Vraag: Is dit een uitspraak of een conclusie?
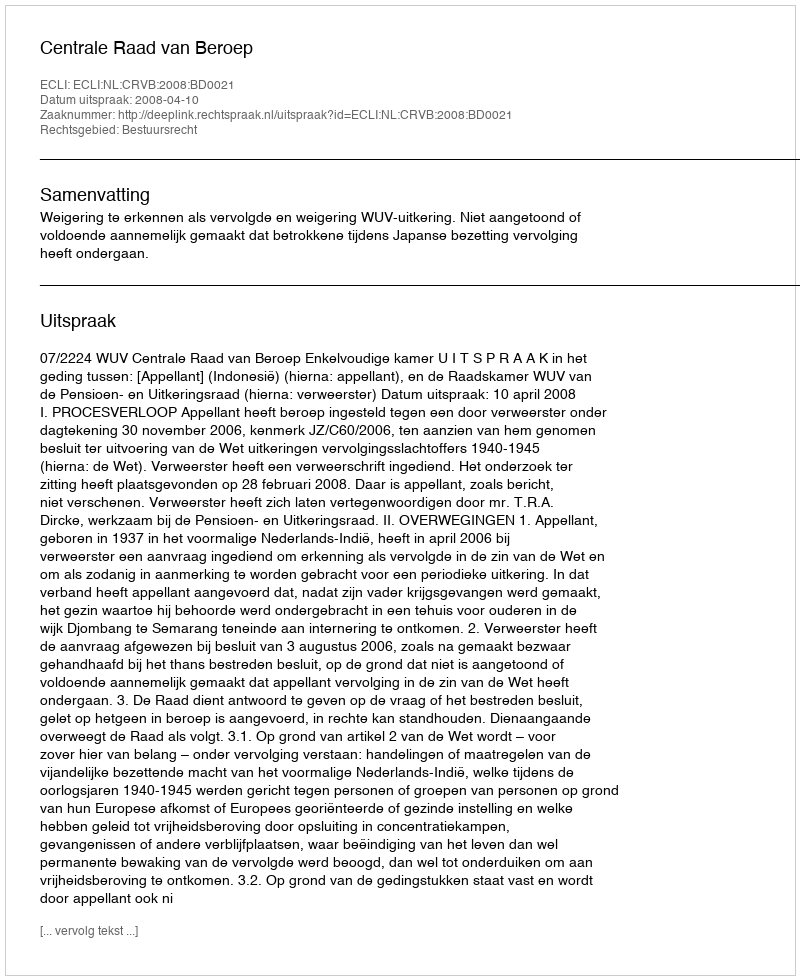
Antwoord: Uitspraak